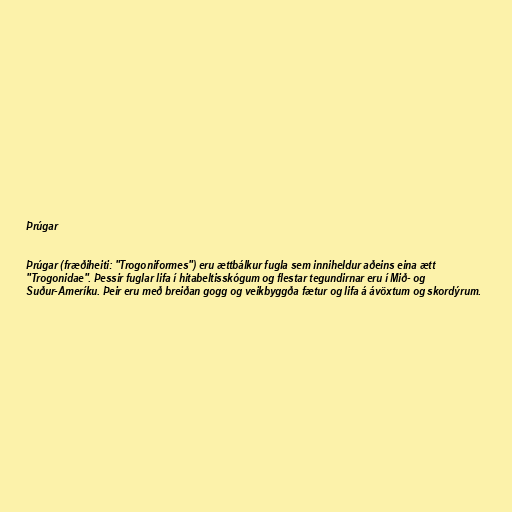
Þrúgar

Þrúgar (fræðiheiti: "Trogoniformes") eru ættbálkur fugla sem inniheldur aðeins eina ætt
"Trogonidae". Þessir fuglar lifa í hitabeltisskógum og flestar tegundirnar eru í Mið- og
Suður-Ameríku. Þeir eru með breiðan gogg og veikbyggða fætur og lifa á ávöxtum og skordýrum.